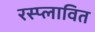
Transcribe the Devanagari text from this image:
रस्प्लावित